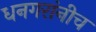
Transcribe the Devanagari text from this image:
धनगरांनीच